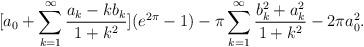
LaTeX: \begin{align*} [a_0+ \sum \limits _{k=1}^{\infty } \frac{a_k-k b_k}{1+k^2} ](e^{2 \pi}-1) -\pi \sum \limits _{k=1}^{\infty } \frac{b_k^2+a_k^2}{1+k^2} -2 \pi a_0^2. \end{align*}